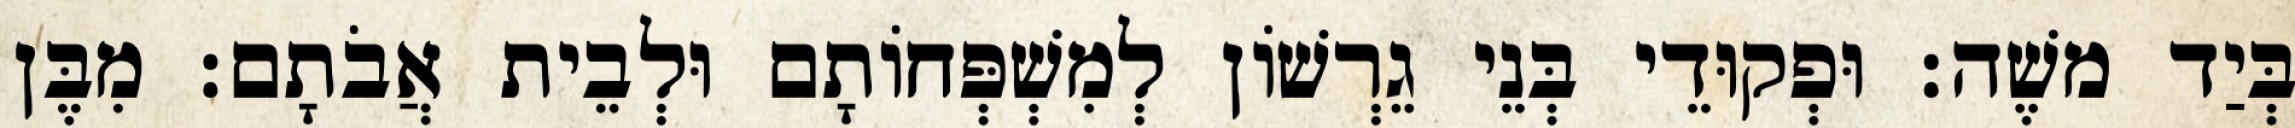
בְּיַד משֶׁה׃ וּפְקוּדֵי בְּנֵי גֵרְשׁוֹן לְמִשְׁפְּחוֹתָם וּלְבֵית אֲבֹתָם׃ מִבֶּן